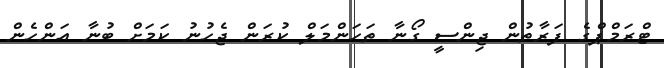
ޓްރަމްޕްގެ ފަރާތުން ޖިންސީ ގޯނާ ތަހަންމަލް ކުރަން ޖެހުނު ކަމަށް ބުނާ އަންހެން